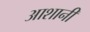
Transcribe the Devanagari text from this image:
आशानी